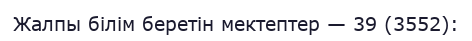
Жалпы білім беретін мектептер — 39 (3552):